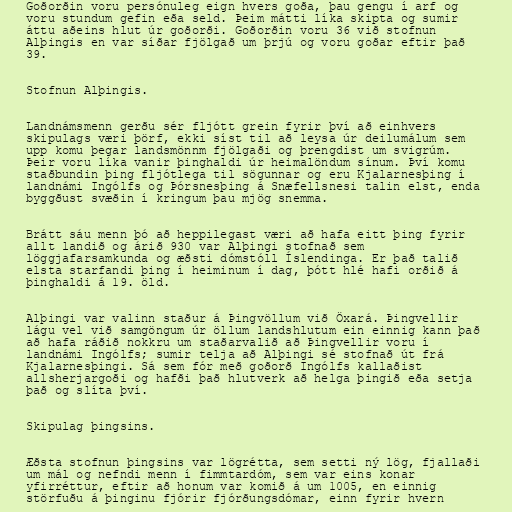
Goðorðin voru persónuleg eign hvers goða, þau gengu í arf og
voru stundum gefin eða seld. Þeim mátti líka skipta og sumir
áttu aðeins hlut úr goðorði. Goðorðin voru 36 við stofnun
Alþingis en var síðar fjölgað um þrjú og voru goðar eftir það
39.

Stofnun Alþingis.

Landnámsmenn gerðu sér fljótt grein fyrir því að einhvers
skipulags væri þörf, ekki síst til að leysa úr deilumálum sem
upp komu þegar landsmönnm fjölgaði og þrengdist um svigrúm.
Þeir voru líka vanir þinghaldi úr heimalöndum sínum. Því komu
staðbundin þing fljótlega til sögunnar og eru Kjalarnesþing í
landnámi Ingólfs og Þórsnesþing á Snæfellsnesi talin elst, enda
byggðust svæðin í kringum þau mjög snemma.

Brátt sáu menn þó að heppilegast væri að hafa eitt þing fyrir
allt landið og árið 930 var Alþingi stofnað sem
löggjafarsamkunda og æðsti dómstóll Íslendinga. Er það talið
elsta starfandi þing í heiminum í dag, þótt hlé hafi orðið á
þinghaldi á 19. öld.

Alþingi var valinn staður á Þingvöllum við Öxará. Þingvellir
lágu vel við samgöngum úr öllum landshlutum ein einnig kann það
að hafa ráðið nokkru um staðarvalið að Þingvellir voru í
landnámi Ingólfs; sumir telja að Alþingi sé stofnað út frá
Kjalarnesþingi. Sá sem fór með goðorð Ingólfs kallaðist
allsherjargoði og hafði það hlutverk að helga þingið eða setja
það og slíta því.

Skipulag þingsins.

Æðsta stofnun þingsins var lögrétta, sem setti ný lög, fjallaði
um mál og nefndi menn í fimmtardóm, sem var eins konar
yfirréttur, eftir að honum var komið á um 1005, en einnig
störfuðu á þinginu fjórir fjórðungsdómar, einn fyrir hvern